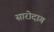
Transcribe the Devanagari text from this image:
सारोदाग